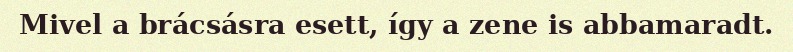
Mivel a brácsásra esett, így a zene is abbamaradt.